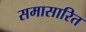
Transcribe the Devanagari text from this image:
समासारित